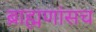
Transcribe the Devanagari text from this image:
ब्राह्मणांसच